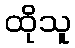
ထိုသူ